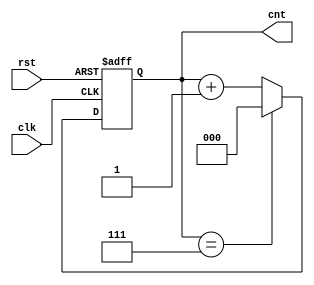
module modulus_counter #(
    parameter N = 8  // Default modulus value (can be overridden)
)(
    input wire clk,   // Clock input
    input wire rst,   // Asynchronous reset input
    output reg [$clog2(N)-1:0] cnt // Count output
);

    // Always block triggered on the rising edge of the clock or reset
    always @(posedge clk or posedge rst) begin
        if (rst) begin
            cnt <= 0; // Reset the count to 0
        end else begin
            if (cnt == N-1) begin
                cnt <= 0; // Wrap around to 0 when reaching N
            end else begin
                cnt <= cnt + 1; // Increment the count
            end
        end
    end

endmodule